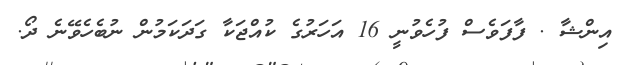
އިންޝާ . ފާފަވެސް ފުހެވުނީ 16 އަހަރުުގެ ކުއްޖަކާ ގަދަކަމުން ނުބެހެވޭނެ ދޯ.